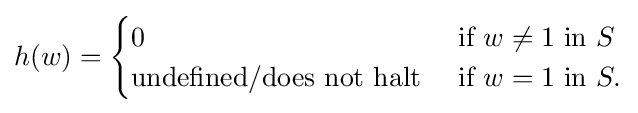
h(w)={\begin{cases}0&{\text{if}}\ w\neq 1\ {\text{in}}\ S\\{\text{undefined/does not halt}}\ &{\text{if}}\ w=1\ {\text{in}}\ S.\end{cases}}